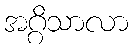
အဂ္ဂိသာလာ